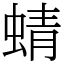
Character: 蜻